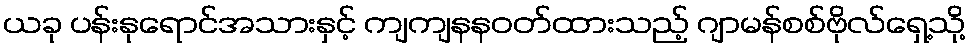
ယခု ပန်းနုရောင်အသားနှင့် ကျကျနနဝတ်ထားသည့် ဂျာမန်စစ်ဗိုလ်ရှေ့သို့